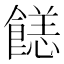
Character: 䭐